Vaccination in the Punjab 1883-1896 - 1883-1896
Year: 1883
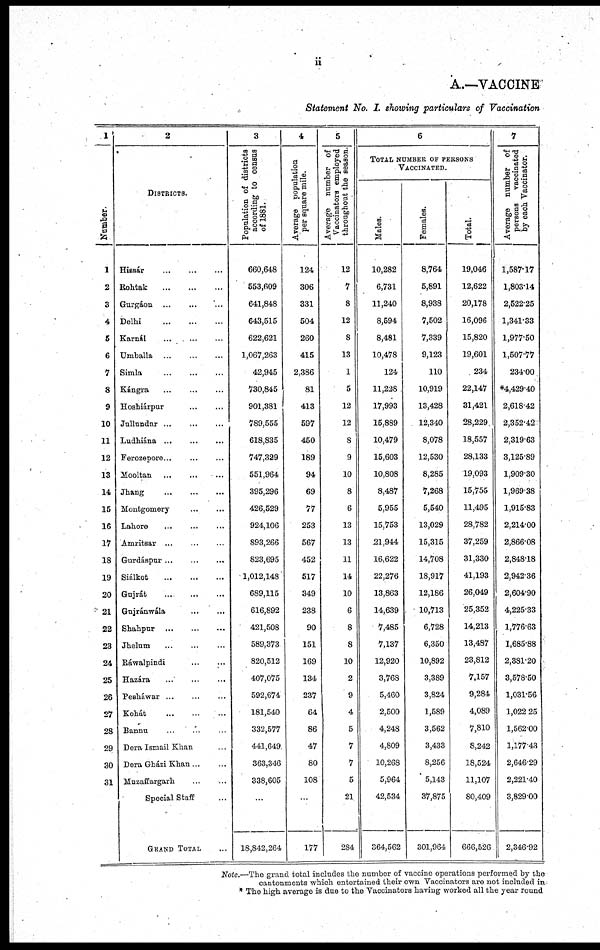
ii
A.—VACCINE
Statement No. I. showing particulars of Vaccination
1
Number.
1
2
3
4
5
6
7
8
9
10
11
12
13
14
15
16
17
18
19
20
21
22
23
24
25
26
27
28
29
30
31
2
DISTRICTS.
Hissár
...
...
...
Rohtak
...
...
...
Gurgáon ... ... ...
Delhi
...
...
...
Karnál
...
...
...
Umballa
...
...
...
Simla
...
...
...
Kángra ... ... ...
Hoshiárpur ... ...
Jullundur ... ... ...
Ludhiána ... ... ...
Ferozepore ... ... ...
Mooltan ... ... ...
Jhang
...
...
...
Montgomery ... ... ...
Lahore
... ... ...
Amritsar ... ... ...
Gurdáspur ... ... ...
Siálkot ...
...
...
Gujrát ... . . . ...
Gujránwála ... ... ...
Shahpur ...
...
...
Jhelum ... ... ...
Ráwalpindi ... ... ...
Hazára ... ... ...
Pesháwar ... ... ...
Kohát ... ... ...
Bannu ... ... ...
Dera Ismail Khan ...
Dera Gházi Khan ... ...
Muzaffargarh ... ...
...
Special Staff ...
GRAND TOTAL ...
3
Population of districts
according to census
of 1881.
660,648
553,609
641,848
643,515
622,621
1,067,263
42,945
730,845
901,381
789,555
618,835
747,329
551,964
395,296
426,529
924,106
893,266
823,695
1,012,148
689,115
616,892
421,508
589,373
820,512
407,075
592,674
181,540
332,577
441,649
363,346
338,605
...
18,842,264
4
Average population
per square mile.
124
306
331
504
260
415
2,386
81
413
597
450
189
94
69
77
253
567
452
517
349
238
90
151
169
134
237
64
86
47
80
108
...
177
5
Average number of
Vaccinators employed
throughout the season.
12
7
8
12
8
13
1
5
12
12
8
9
10
8
6
13
13
11
14
10
6
8
8
10
2
9
4
5
7
7
5
21
284
6
TOTAL NUMBER OF PERSONS
VACCINATED.
Males.
10,282
6,731
11,240
8,594
8,481
10,478
124
11,228
17,993
15,889
10,479
15,603
10,808
8,487
5,955
15,753
21,944
16,622
22,276
13,863
14,639
7,485
7,137
12,920
3,768
5,460
2,500
4,248
4,809
10,268
5,964
42,534
364,562
Females.
8,764
5,891
8,938
7,502
7,339
9,123
110
10,919
13,428
12,340
8,078
12,530
8,285
7,268
5,540
13,029
15,315
14,708
18,917
12,186
10,713
6,728
6,350
10,892
3,389
3,824
1,589
3,562
3,433
8,256
5,143
37,875
301,964
Total.
19,046
12,622
20,178
16,096
15,820
19,601
234
22,147
31,421
28,229
18,557
28,133
19,093
15,755
11,495
28,782
37,259
31,330
41,193
26,049
25,352
14,213
13,487
23,812
7,157
9,284
4,089
7,810
8,242
18,524
11,107
80,409
666,526
7
Average number of
persons
vaccinated
by each Vaccinator.
1,587.17
1,803.14
2,522.25
1,341.33
1,977.50
1,507.77
234.00
*4,429.40
2,618.42
2,352.42
2,319.63
3,125.89
1,909.30
1,969.38
1,915.83
2,214.00
2,866.08
2,848.18
2,942.36
2,604.90
4,225.33
1,776.63
1,685.88
2,381.20
3,578.50
1,031.56
1,022.25
1,562.00
1,177.43
2,646.29
2,221.40
3,829.00
2,346.92
Note.—The grand total includes the number of vaccine operations performed by the
cantonments which entertained their own Vaccinators are not included in
* The high average is due to the Vaccinators having worked all the year round